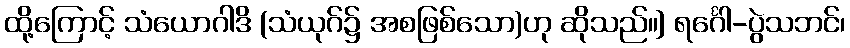
ထို့ကြောင့် သံယောဂါဒိ (သံယုဂ်၌ အစဖြစ်သော)ဟု ဆိုသည်။] ရင်္ဂေါ-ပွဲသဘင်၊